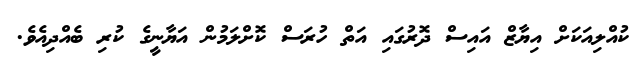
ކުއްލިއަކަށް އިޔާޒް އައިސް ދޮރުގައި އަތް ހުރަސް ކޮށްލަމުން އަޔާނީގެ ކުރި ބެއްދިއެވެ.